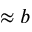
\approx b